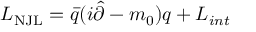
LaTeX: { \cal L } _ { \mathrm { \scriptsize { N J L } } } = \bar { q } ( i \widehat { \partial } - m _ { 0 } ) q + { \cal L } _ { i n t }